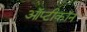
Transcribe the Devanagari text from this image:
ऑप्टीकॉन